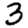
Digit: 3